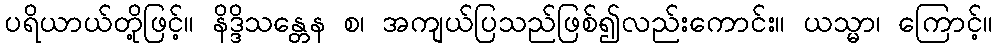
ပရိယာယ်တို့ဖြင့်။ နိဒ္ဒိသန္တေန စ၊ အကျယ်ပြသည်ဖြစ်၍လည်းကောင်း။ ယသ္မာ၊ ကြောင့်။